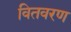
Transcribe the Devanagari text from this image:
वितवरण